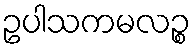
ဥပါသကမလဉ္စ